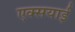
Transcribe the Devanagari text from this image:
एक्सयाई